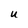
Character: U